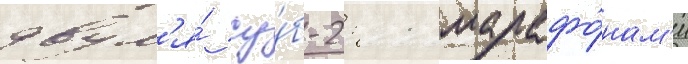
двум'я́ су́б-2: 11 марафо́нам'и